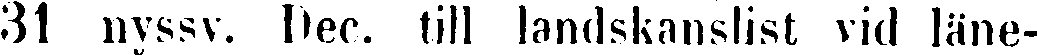
31 nyssv. Dec. till landskanslist vid läne-